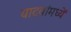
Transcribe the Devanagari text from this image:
यादवांमध्यें